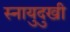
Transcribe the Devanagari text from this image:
स्नायुदुखी